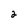
Character: 2